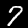
Digit: 7